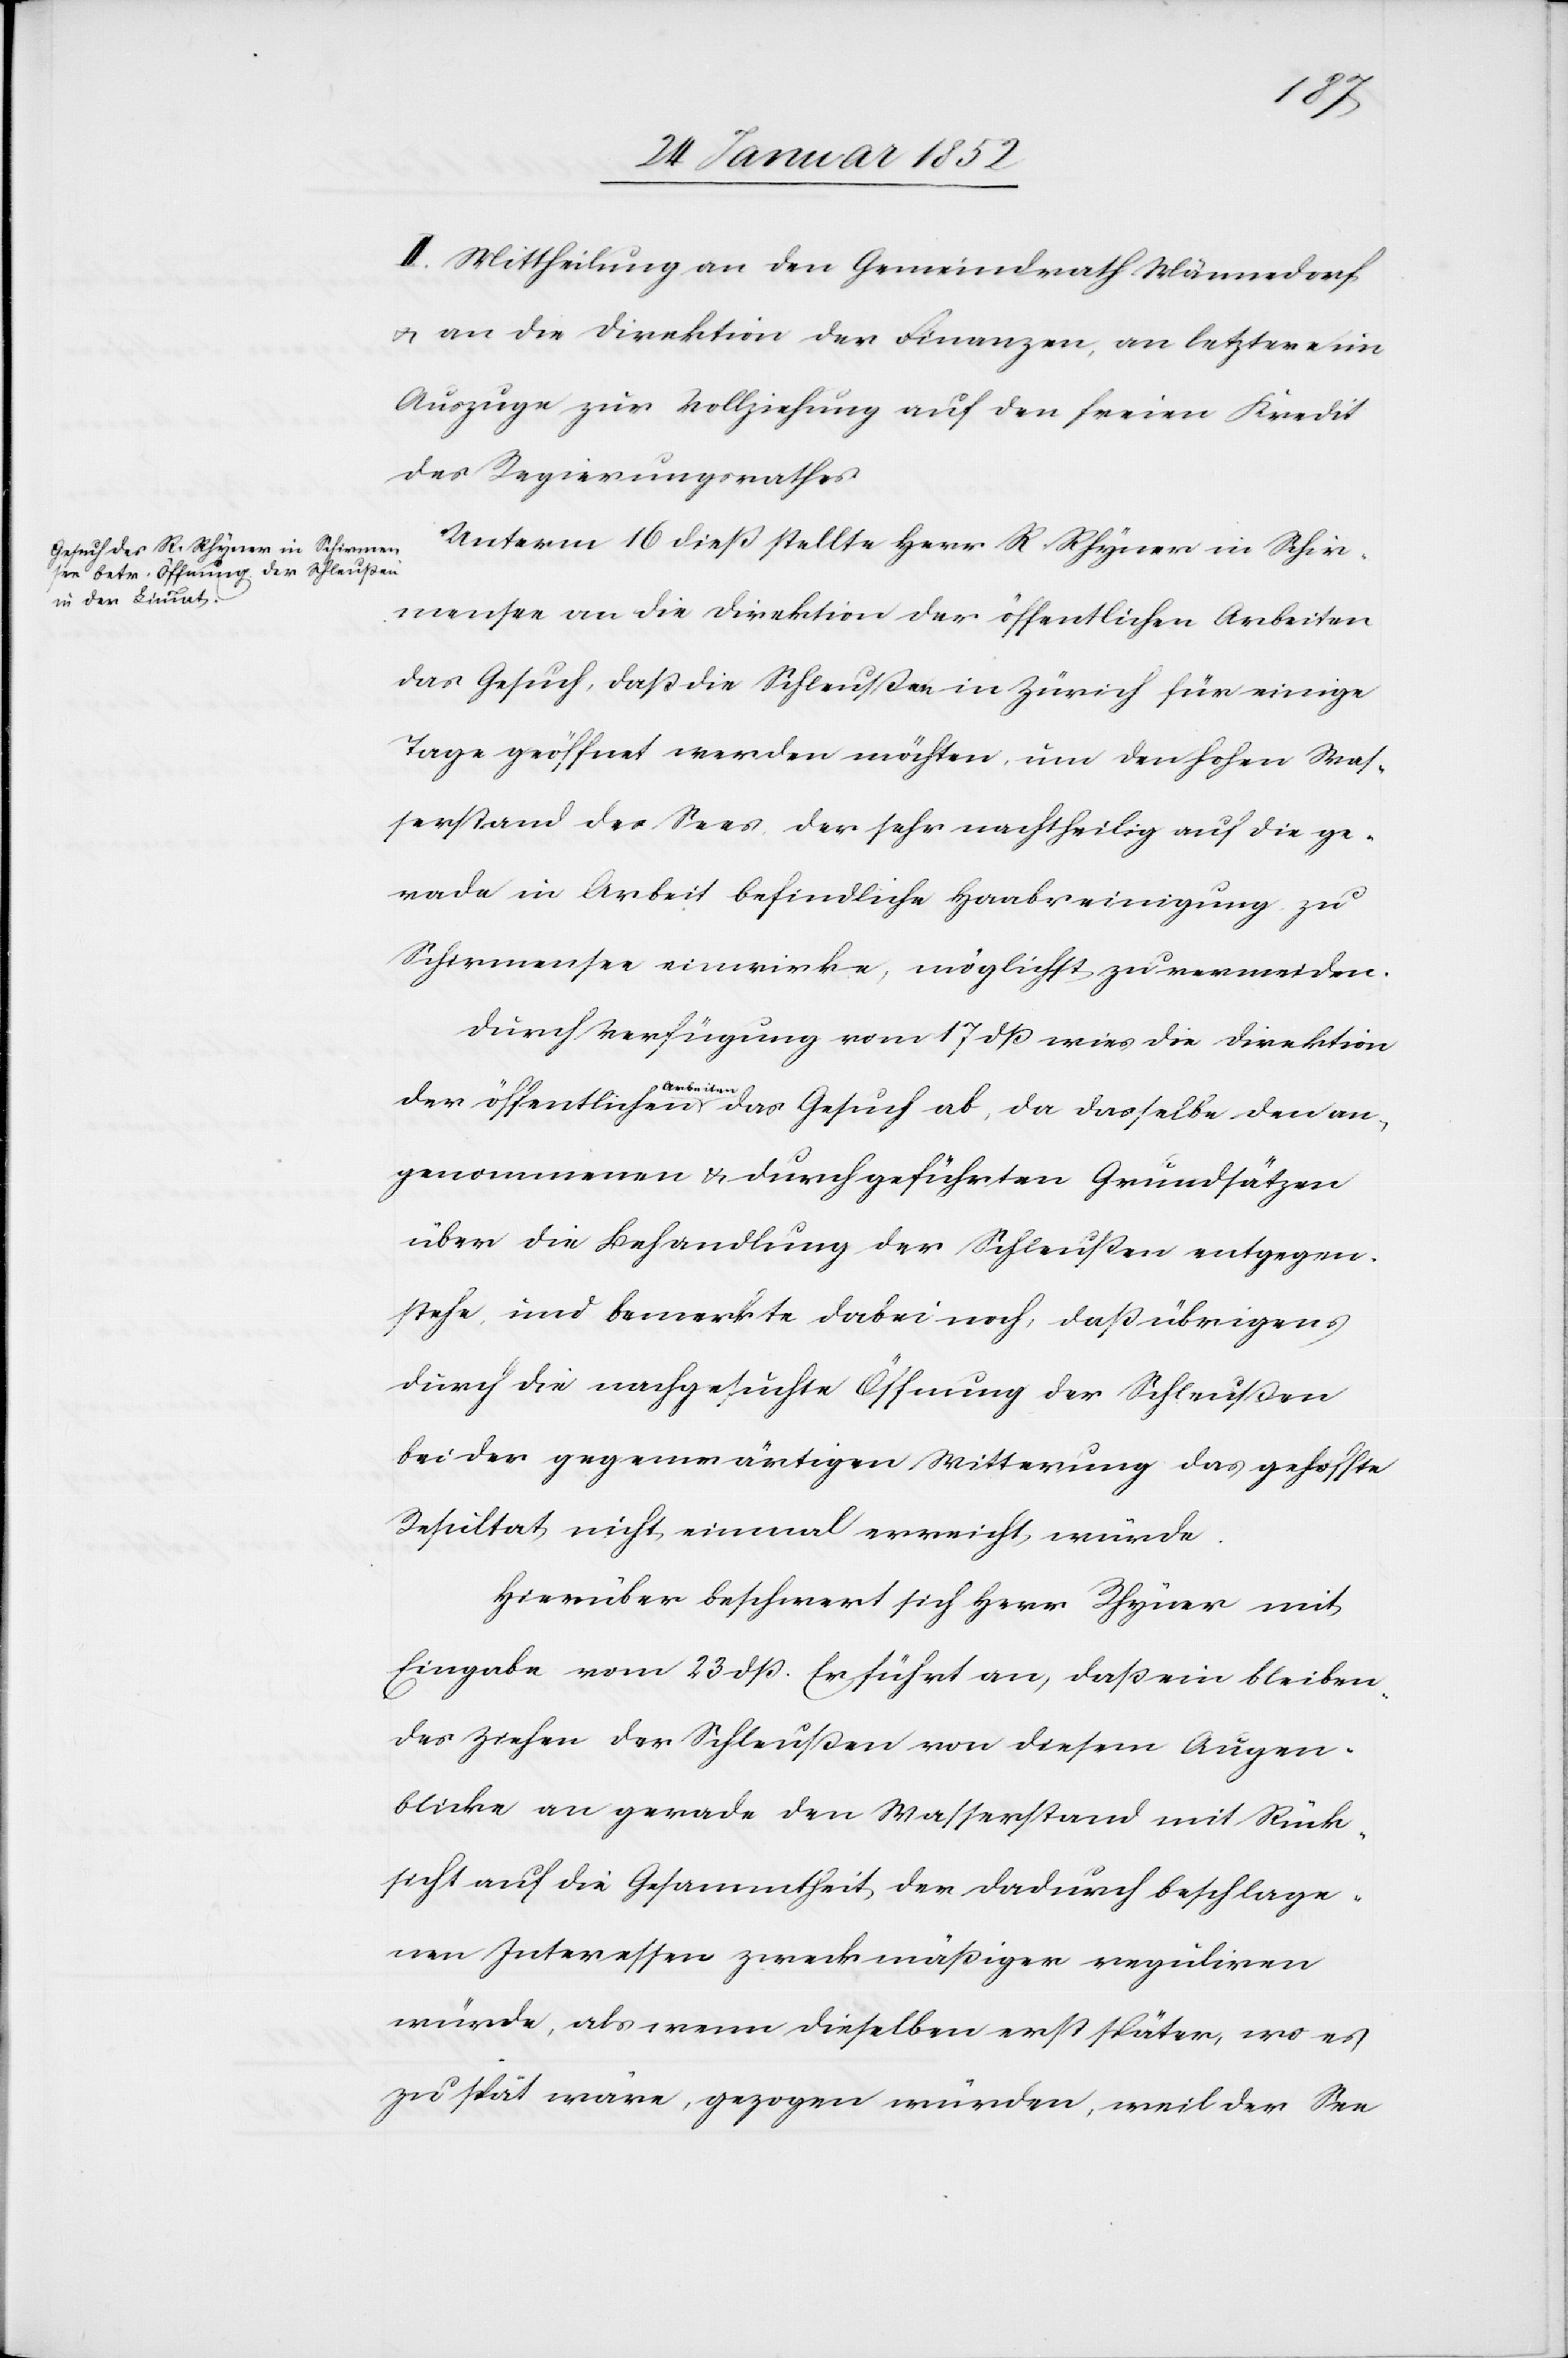
II. Mittheilung an den Gemeindrath Männedorf
u. an die Direktion der Finanzen, an letztere im
Auszuge zur Vollziehung auf den freien Kredit
des Regierungsrathes.
Unterm 16 dieß stellte Herr R. Rhyner in Schir¬
mensee an die Direktion der öffentlichen Arbeiten
das Gesuch, daß die Schleußen in Zürich für einige
Tage geöffnet werden möchten, um den hohen Was¬
serstand des Sees, der sehr nachtheilig auf die ge¬
rade in Arbeit befindliche Haabreinigung zu
Schirmensee einwirke, möglichst zu vermeiden.
Durch Verfügung vom 17 dß wies die Direktion
der öffentlichen Arbeiten das Gesuch ab, da dasselbe den an¬
genommenen u. durchgeführten Grundsätzen
über die Behandlung der Schleußen entgegen¬
stehe, und bemerkte dabei noch, daß übrigens
durch die nachgesuchte Öffnung der Schleußen
bei der gegenwärtigen Witterung das gehoffte
Resultat nicht einmal erreicht würde.
Hierüber beschwert sich Herr Rhyner mit
Eingabe vom 23 dß. Er führt an, daß ein bleiben¬
des Ziehen der Schleußen von diesem Augen¬
blicke an gerade den Wasserstand mit Rück¬
sicht auf die Gesammtheit der dadurch beschlage¬
nen Interessen zweckmäßiger reguliren
würde, als wenn dieselben erst später, wo es
zu spät wäre, gezogen würden, weil der See